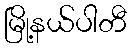
မြို့နယ်ပါတီ